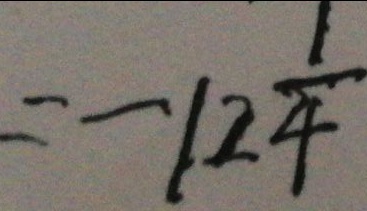
= - 1 2 \frac { 1 } { 4 }